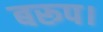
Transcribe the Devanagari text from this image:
बरूप।